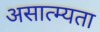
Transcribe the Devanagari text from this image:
असात्म्यता